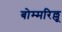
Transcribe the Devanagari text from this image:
बोम्मरिल्लू